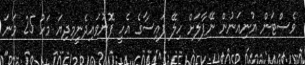
ވެސްޓަން ޔުނިއަނުން ނޭޕާލަށް ހިލޭ ފައިސާގެ އެހީ ފޮނުވައިދެނީމިދިޔަ މަހު 25 ވަނަ